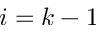
i = k - 1